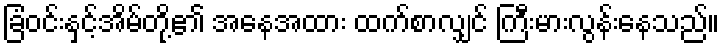
ခြံဝင်းနှင့်အိမ်တို့၏ အနေအထား ထက်စာလျှင် ကြီးမားလွန်းနေသည်။